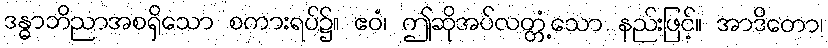
ဒန္ဓာဘိညာအစရှိသော စကားရပ်၌။ ဧဝံ၊ ဤဆိုအပ်လတ္တံ့သော နည်းဖြင့်။ အာဒိတော၊